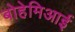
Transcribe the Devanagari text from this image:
बोहेमिआई